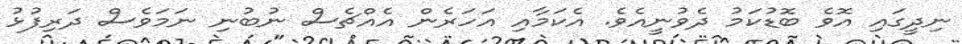
ނިދީގައި އޮވެ ބޮޑުކަމު ދެވުނީއެވެ. އެކަމާއި އަހަރެން އެއްޗެސް ނުބުނި ނަމަވެސް ދަރިފުޅު